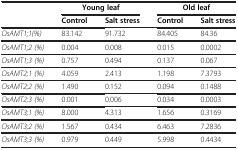
<table><thead><tr><td><b> </b></td><td colspan="2"><b>Young leaf</b></td><td colspan="2"><b>Old leaf</b></td></tr><tr><td><b> </b></td><td><b>Control</b></td><td><b>Salt stress</b></td><td><b>Control</b></td><td><b>Salt stress</b></td></tr></thead><tbody><tr><td><i>OsAMT1;1(%)</i></td><td>83.142</td><td>91.732</td><td>84.405</td><td>84.36</td></tr><tr><td><i>OsAMT1;2 (%)</i></td><td>0.004</td><td>0.008</td><td>0.015</td><td>0.0002</td></tr><tr><td><i>OsAMT1;3 (%)</i></td><td>0.757</td><td>0.494</td><td>0.137</td><td>0.067</td></tr><tr><td><i>OsAMT2;1 (%)</i></td><td>4.059</td><td>2.413</td><td>1.198</td><td>7.3793</td></tr><tr><td><i>OsAMT2;2 (%)</i></td><td>1.490</td><td>0.152</td><td>0.094</td><td>0.1488</td></tr><tr><td><i>OsAMT2;3 (%)</i></td><td>0.001</td><td>0.006</td><td>0.034</td><td>0.0003</td></tr><tr><td><i>OsAMT3;1 (%)</i></td><td>8.000</td><td>4.313</td><td>1.656</td><td>0.3169</td></tr><tr><td><i>OsAMT3;2 (%)</i></td><td>1.567</td><td>0.434</td><td>6.463</td><td>7.2836</td></tr><tr><td><i>OsAMT3;3 (%)</i></td><td>0.979</td><td>0.449</td><td>5.998</td><td>0.4434</td></tr></tbody></table>